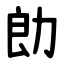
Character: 勆